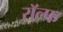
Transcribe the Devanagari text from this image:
राॅल्फ